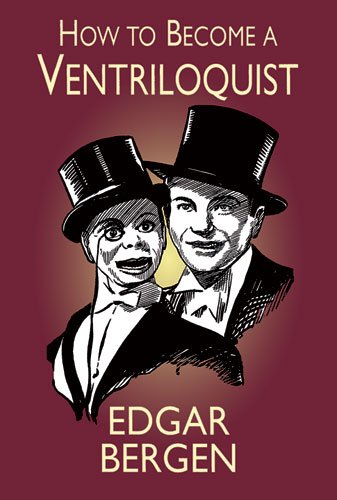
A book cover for How to Become a Ventriloquist (Try Your Hand at Ventriloquism); Edgar Bergen; Humor & Entertainment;